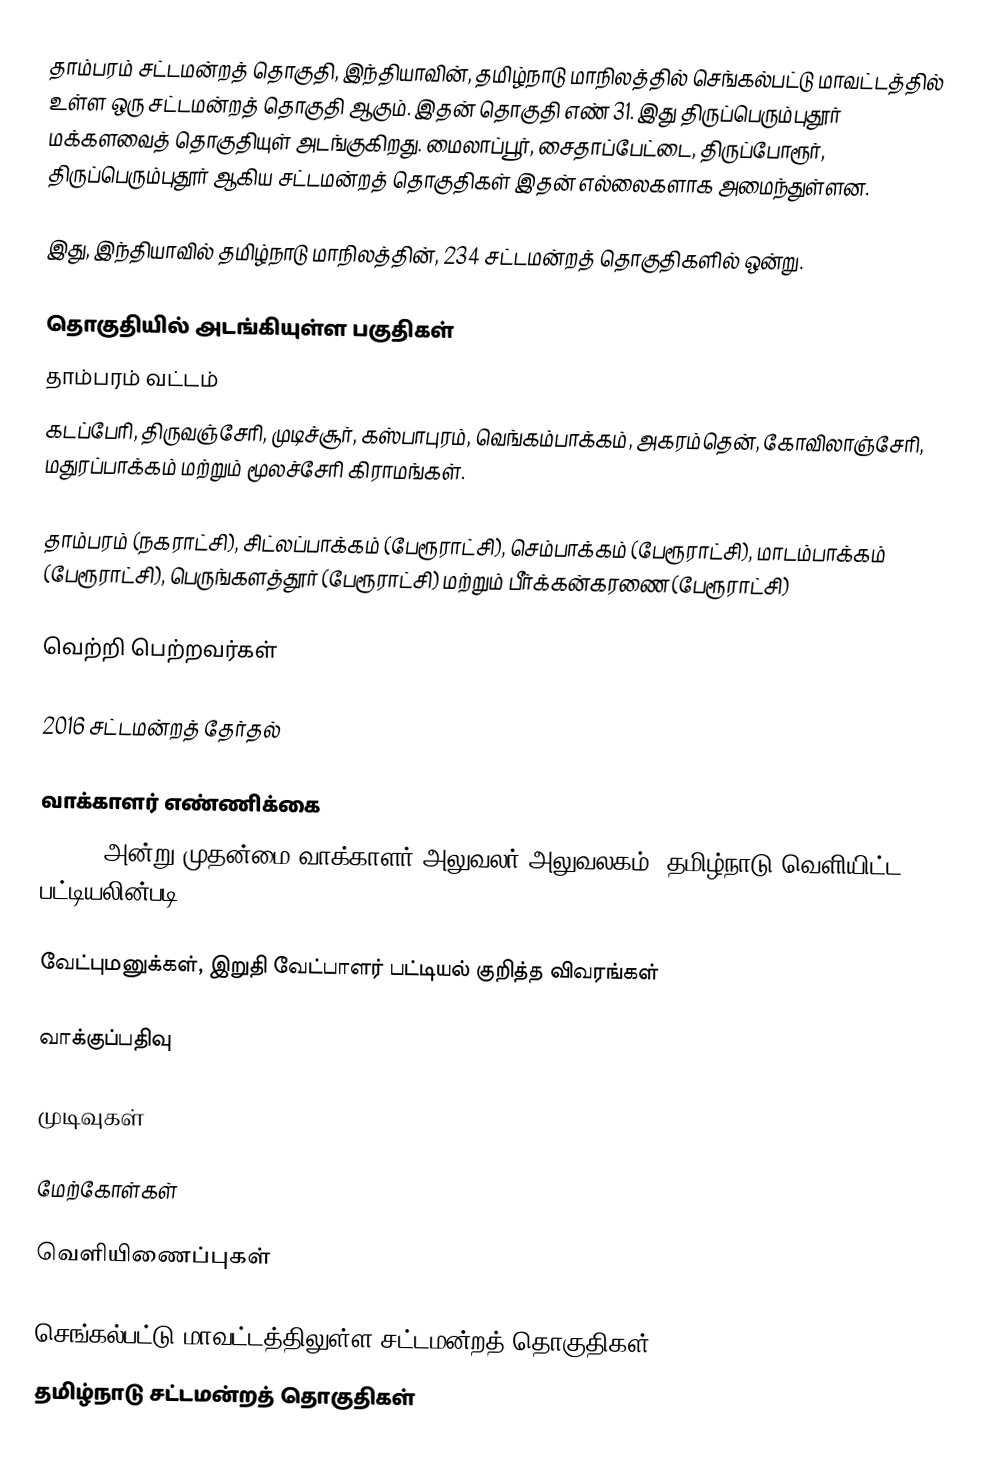
தாம்பரம் சட்டமன்றத் தொகுதி, இந்தியாவின், தமிழ்நாடு மாநிலத்தில்  செங்கல்பட்டு மாவட்டத்தில் உள்ள ஒரு சட்டமன்றத் தொகுதி ஆகும். இதன் தொகுதி எண் 31. இது திருப்பெரும்புதூர் மக்களவைத் தொகுதியுள் அடங்குகிறது. மைலாப்பூர், சைதாப்பேட்டை, திருப்போரூர், திருப்பெரும்புதூர் ஆகிய சட்டமன்றத் தொகுதிகள் இதன் எல்லைகளாக அமைந்துள்ளன.

இது, இந்தியாவில் தமிழ்நாடு மாநிலத்தின், 234 சட்டமன்றத் தொகுதிகளில் ஒன்று.

தொகுதியில் அடங்கியுள்ள பகுதிகள்
தாம்பரம் வட்டம்
கடப்பேரி, திருவஞ்சேரி, முடிச்சூர், கஸ்பாபுரம், வெங்கம்பாக்கம், அகரம்தென், கோவிலாஞ்சேரி, மதுரப்பாக்கம் மற்றும் மூலச்சேரி கிராமங்கள்.

தாம்பரம் (நகராட்சி), சிட்லப்பாக்கம் (பேரூராட்சி), செம்பாக்கம் (பேரூராட்சி), மாடம்பாக்கம் (பேரூராட்சி), பெருங்களத்தூர் (பேரூராட்சி) மற்றும் பீர்க்கன்கரணை (பேரூராட்சி)

வெற்றி பெற்றவர்கள்

2016 சட்டமன்றத் தேர்தல்

வாக்காளர் எண்ணிக்கை
, 2016 அன்று முதன்மை வாக்காளர் அலுவலர் அலுவலகம், தமிழ்நாடு வெளியிட்ட பட்டியலின்படி,

வேட்புமனுக்கள், இறுதி வேட்பாளர் பட்டியல் குறித்த விவரங்கள்

வாக்குப்பதிவு

முடிவுகள்

மேற்கோள்கள்

வெளியிணைப்புகள்

செங்கல்பட்டு மாவட்டத்திலுள்ள சட்டமன்றத் தொகுதிகள்
தமிழ்நாடு சட்டமன்றத் தொகுதிகள்